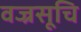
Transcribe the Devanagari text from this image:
वज्रसूचि